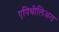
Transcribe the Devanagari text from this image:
एपिथीलिअल